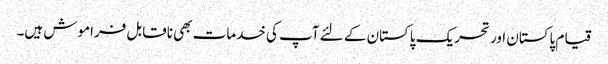
قیام پاکستان اور تحریک پاکستان کے لئے آپ کی خدمات بھی ناقابل فراموش ہیں۔